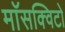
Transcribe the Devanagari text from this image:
माॅसक्विटो